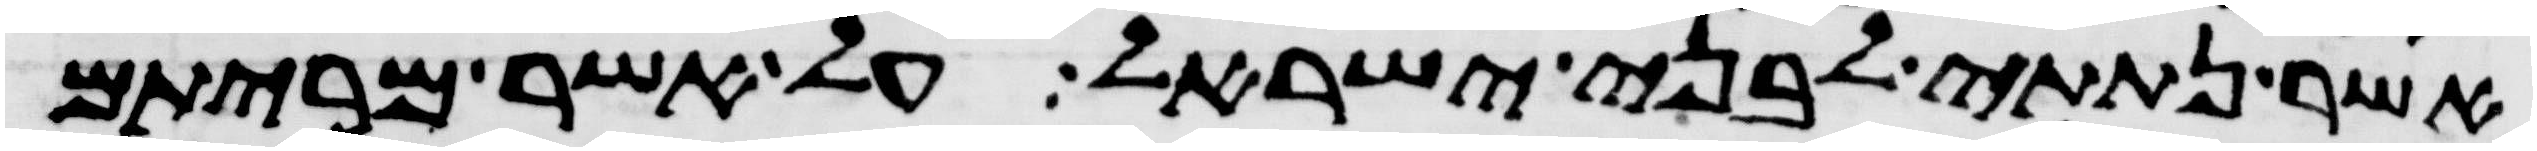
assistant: אשר נתתי לבני ישראל על אשר מריתם